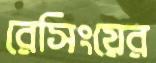
রেসিংয়ের